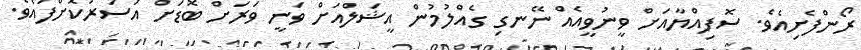
ރޯންފެށިއެވެ. ސޮފިއްޔާއަށް ވީނުވީއެއް ނޭނގި ގެއްލުމުން އީޝަލްއަށް ވަނީ ވަރަށް ބޮޑަށް އަސަރުކޮށްފައެވެ.